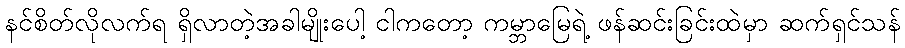
နင်စိတ်လိုလက်ရ ရှိလာတဲ့အခါမျိုးပေါ့ ငါကတော့ ကမ္ဘာမြေရဲ့ ဖန်ဆင်းခြင်းထဲမှာ ဆက်ရှင်သန်